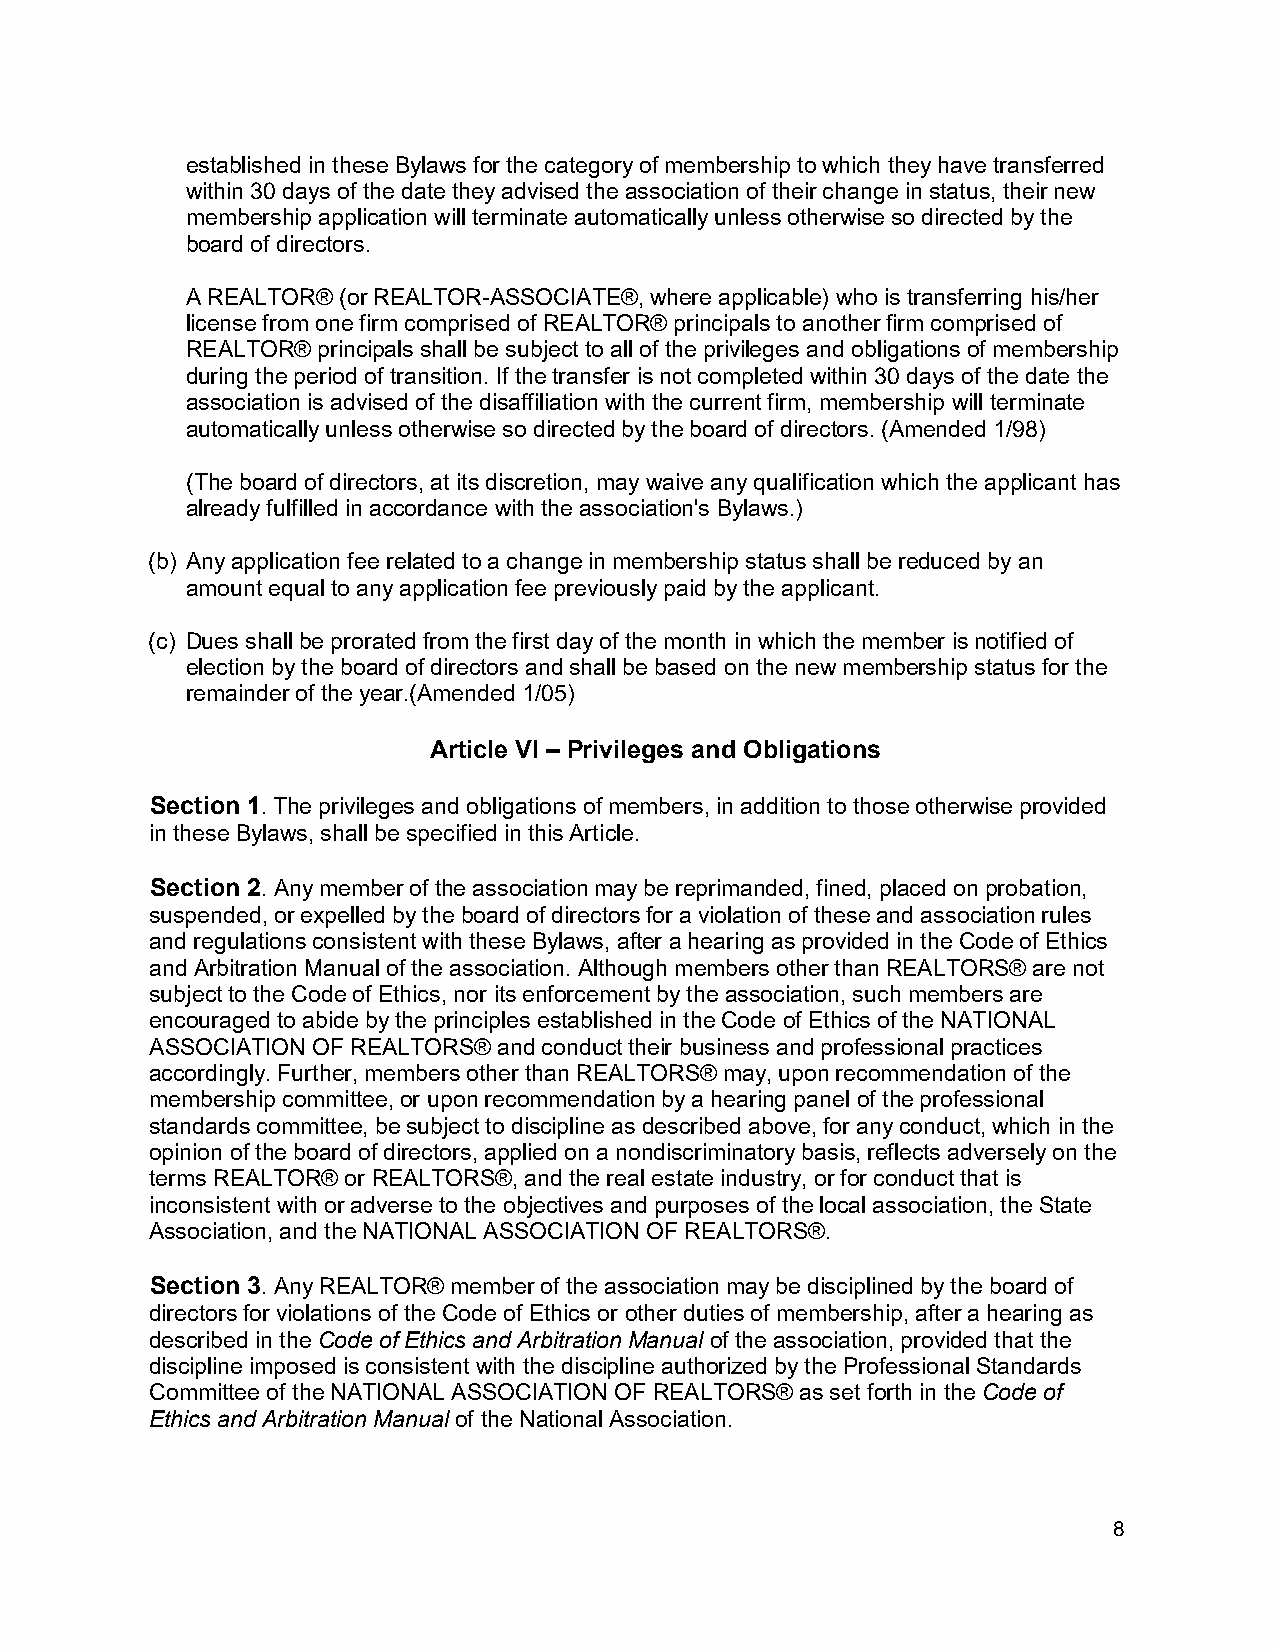
established in these Bylaws for the category of membership to which they have transferred
 within 30 days of the date they advised the association of their change in status, their new
 membership application will terminate automatically unless otherwise so directed by the
 board of directors.
 A REALTOR® (or REALTOR-ASSOCIATE®, where applicable) who is transferring his/her
 license from one firm comprised of REALTOR® principals to another firm comprised of
 REALTOR® principals shall be subject to all of the privileges and obligations of membership
 during the period of transition. If the transfer is not completed within 30 days of the date the
 association is advised of the disaffiliation with the current firm, membership will terminate
 automatically unless otherwise so directed by the board of directors. (Amended 1/98)
 (The board of directors, at its discretion, may waive any qualification which the applicant has
 already fulfilled in accordance with the association's Bylaws.)
 (b) Any application fee related to a change in membership status shall be reduced by an
 amount equal to any application fee previously paid by the applicant.
 (c) Dues shall be prorated from the first day of the month in which the member is notified of
 election by the board of directors and shall be based on the new membership status for the
 remainder of the year.(Amended 1/05)
 Article VI – Privileges and Obligations
 Section 1. The privileges and obligations of members, in addition to those otherwise provided
 in these Bylaws, shall be specified in this Article.
 Section 2. Any member of the association may be reprimanded, fined, placed on probation,
 suspended, or expelled by the board of directors for a violation of these and association rules
 and regulations consistent with these Bylaws, after a hearing as provided in the Code of Ethics
 and Arbitration Manual of the association. Although members other than REALTORS® are not
 subject to the Code of Ethics, nor its enforcement by the association, such members are
 encouraged to abide by the principles established in the Code of Ethics of the NATIONAL
 ASSOCIATION OF REALTORS® and conduct their business and professional practices
 accordingly. Further, members other than REALTORS® may, upon recommendation of the
 membership committee, or upon recommendation by a hearing panel of the professional
 standards committee, be subject to discipline as described above, for any conduct, which in the
 opinion of the board of directors, applied on a nondiscriminatory basis, reflects adversely on the
 terms REALTOR® or REALTORS®, and the real estate industry, or for conduct that is
 inconsistent with or adverse to the objectives and purposes of the local association, the State
 Association, and the NATIONAL ASSOCIATION OF REALTORS®.
 Section 3. Any REALTOR® member of the association may be disciplined by the board of
 directors for violations of the Code of Ethics or other duties of membership, after a hearing as
 described in the Code of Ethics and Arbitration Manual of the association, provided that the
 discipline imposed is consistent with the discipline authorized by the Professional Standards
 Committee of the NATIONAL ASSOCIATION OF REALTORS® as set forth in the Code of
 Ethics and Arbitration Manual of the National Association.
 8